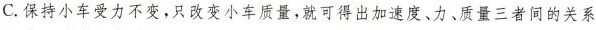
C.保持小车受力不变，只改变小车质量，就可得出加速度、力、质量三者间的关系